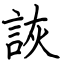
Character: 詼